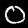
Label: 0